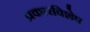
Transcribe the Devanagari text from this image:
प्रकारविशेष